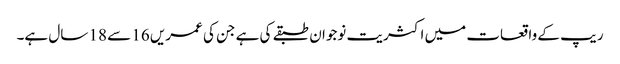
ریپ کے واقعات میں اکثریت نوجوان طبقے کی ہے جن کی عمریں 16 سے 18 سال ہے۔